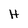
Character: H